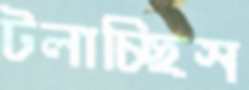
টলাচ্ছিস